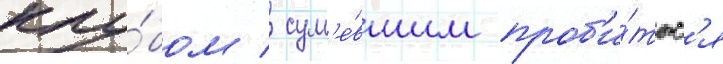
клу́бом / сум'е́вшим проб'и́тьс'я